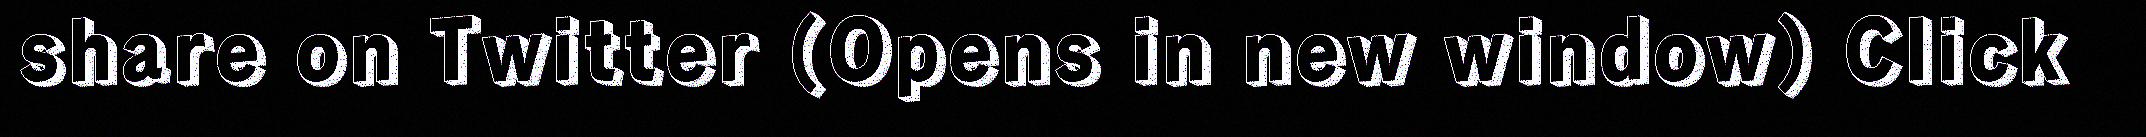
share on Twitter (Opens in new window) Click